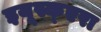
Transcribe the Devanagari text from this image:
इयूस्क्एरा